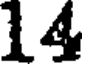
14